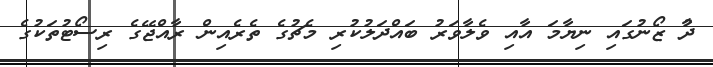
ދާު ޒޯނުގައި ނިޔާމަ އާއި ވެލާވަރު ބައްދަލުކުރި މެޗުގެ ތެރެއިން ރާއްޖޭގެ ރިސޯޓުތަކުގެ